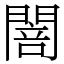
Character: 䦣